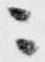
ニ